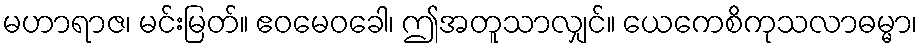
မဟာရာဇ၊ မင်းမြတ်။ ဧဝမေဝခေါ၊ ဤအတူသာလျှင်။ ယေကေစိကုသလာဓမ္မာ၊